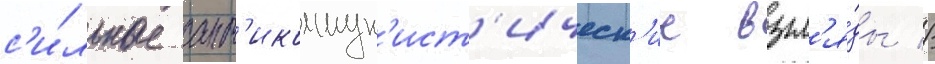
с'и́льные ант'икоммун'ист'ическ'ие взгл'я́ды //